Medical and sanitary report of the native army of Madras for the year
Year: 1877
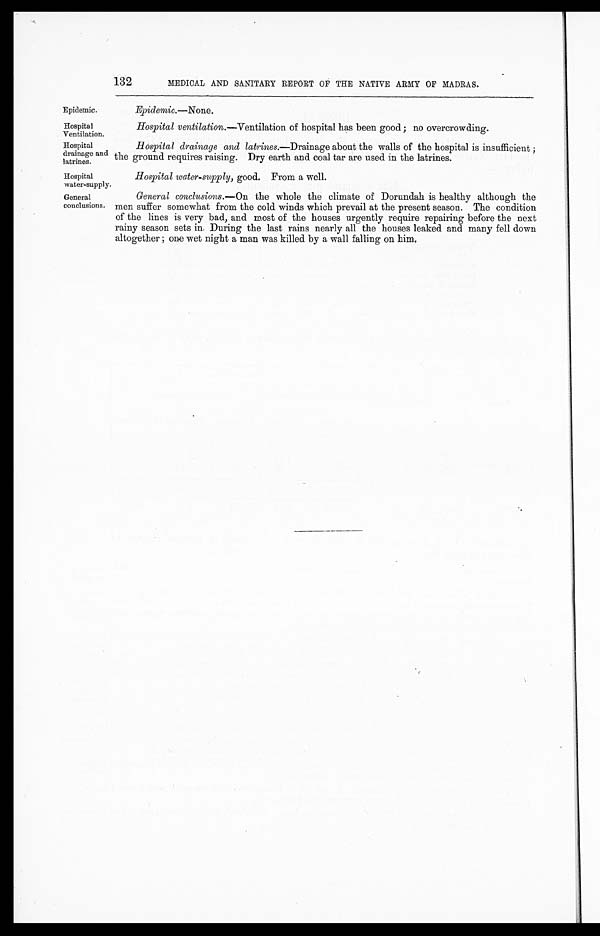
Epidemic.
Hospital
Ventilation.
132
MEDICAL AND SANITARY REPORT OF THE NATIVE ARMY OF MADRAS.
Hospital
drainage and
latrines.
Epidemic.—None.
Hospital ventilation.—Ventilation of hospital has been good ; no overcrowding.
Hospital drainage and latrines.—Drainage about the walls of the hospital is insufficient ;
the ground requires raising. Dry earth and coal tar are used in the latrines.
Hospital
water-supply.
Hospital water-supply, good. From a well.
General
conclusions.
General conclusions. —On the whole the climate of Dorundah is healthy although the
men suffer somewhat from the cold winds which prevail at the present season. The condition
of the lines is very bad, and most of the houses urgently require repairing before the next
rainy season sets in. During the last rains nearly all the houses leaked and many fell down
altogether ; one wet night a man was killed by a wall falling on him.